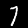
Digit: 7